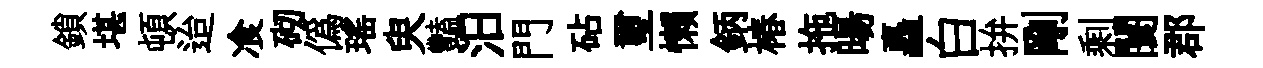
鎖堪頓迨飡砌偽瑶臾豔汨門砧璽懒鈵椿拖暘矗白拚剛剩闤郡